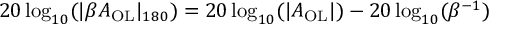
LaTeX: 2 0 \log _ { 1 0 } ( | \beta A _ { \mathrm { O L } } | _ { 1 8 0 } ) = 2 0 \log _ { 1 0 } ( | A _ { \mathrm { O L } } | ) - 2 0 \log _ { 1 0 } ( \beta ^ { - 1 } )